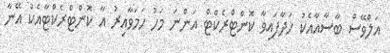
އަލްވޭސް ބާސާއާއެކު ހަދާފައިވާ ކޮންޓްރެކްޓް އަންނަ މަހު ހަމަވާއިރު އާ ކޮންޓްރެކްޓާއެކު އޭނާ